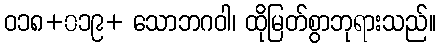
ဝ၁၈+၀၁၉+ သောဘဂဝါ၊ ထိုမြတ်စွာဘုရားသည်။